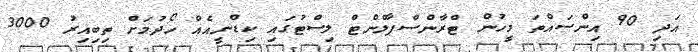
އަދި 90 އިންސައްތަ މީހުން ޓްރާންސްޕާލްންޓް ލިސްޓުގައި ކިޑްނީއެއް ހޯދުމަށް ތިބިއިރު 3000